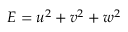
E = u ^ { 2 } + v ^ { 2 } + w ^ { 2 }